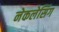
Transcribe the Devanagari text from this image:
नेकलेसिंग